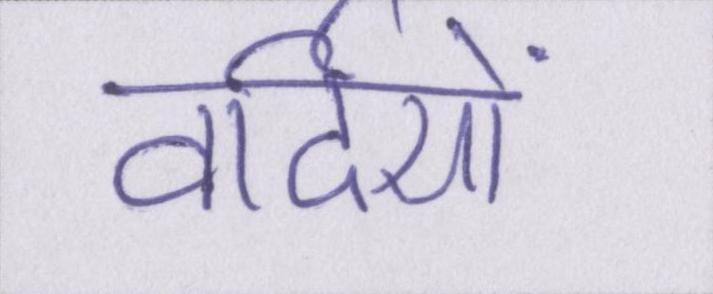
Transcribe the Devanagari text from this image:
वर्दियों